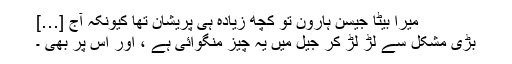
میرا بیٹا جیسن ہارون تو کچھ زیادہ ہی پریشان تھا کیونکہ آج […]
بڑی مشکل سے لڑ لڑ کر جیل میں یہ چیز منگوائی ہے ، اور اس پر بھی ۔